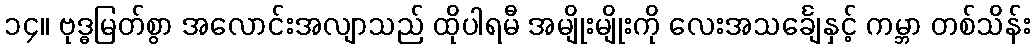
၁၄။ ဗုဒ္ဓမြတ်စွာ အလောင်းအလျာသည် ထိုပါရမီ အမျိုးမျိုးကို လေးအသင်္ချေနှင့် ကမ္ဘာ တစ်သိန်း